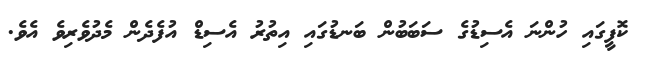
ކޮފީގައި ހުންނަ އެސިޑުގެ ސަބަބުން ބަނޑުގައި އިތުރު އެސިޑް އުފެދެން މެދުވެރިވެ އެވެ.